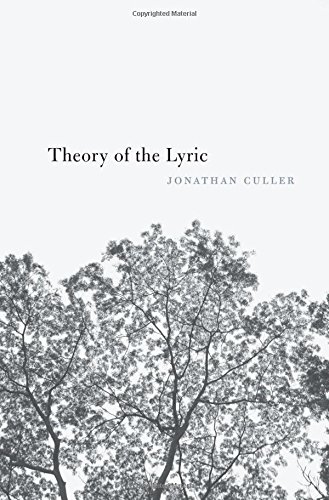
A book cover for Theory of the Lyric; Jonathan Culler; Literature & Fiction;